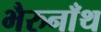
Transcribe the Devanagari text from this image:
भैरुनाँथ